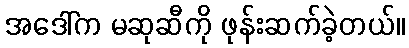
အဒေါ်က မဆုဆီကို ဖုန်းဆက်ခဲ့တယ်။